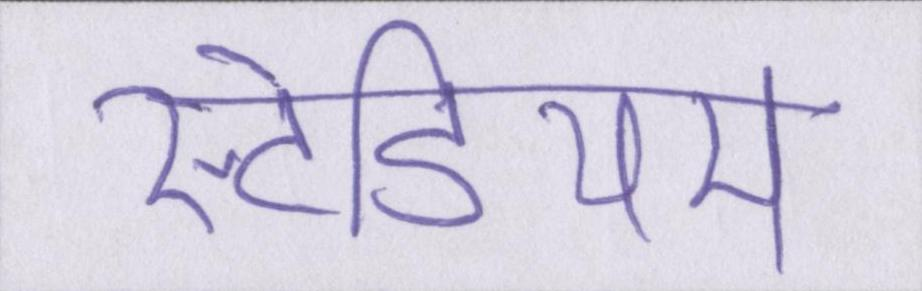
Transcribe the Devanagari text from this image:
स्टेडियम